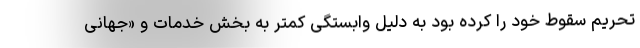
تحریم سقوط خود را کرده بود به دلیل وابستگی کمتر به بخش خدمات و «جهانی